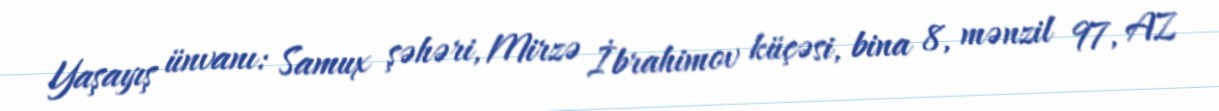
Yaşayış ünvanı: Samux şəhəri, Mirzə İbrahimov küçəsi, bina 8, mənzil 97, AZ